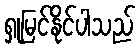
ရှုမြင်နိုင်ပါသည်